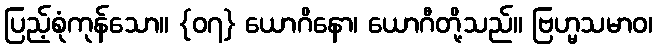
ပြည့်စုံကုန်သော။ {၀၇} ယောဂိနော၊ ယောဂီတို့သည်။ ဗြဟ္မသမာဝ၊